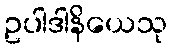
ဥပါဒါနိယေသု